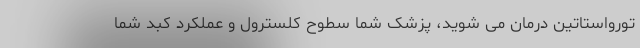
تورواستاتین درمان می شوید، پزشک شما سطوح کلسترول و عملکرد کبد شما